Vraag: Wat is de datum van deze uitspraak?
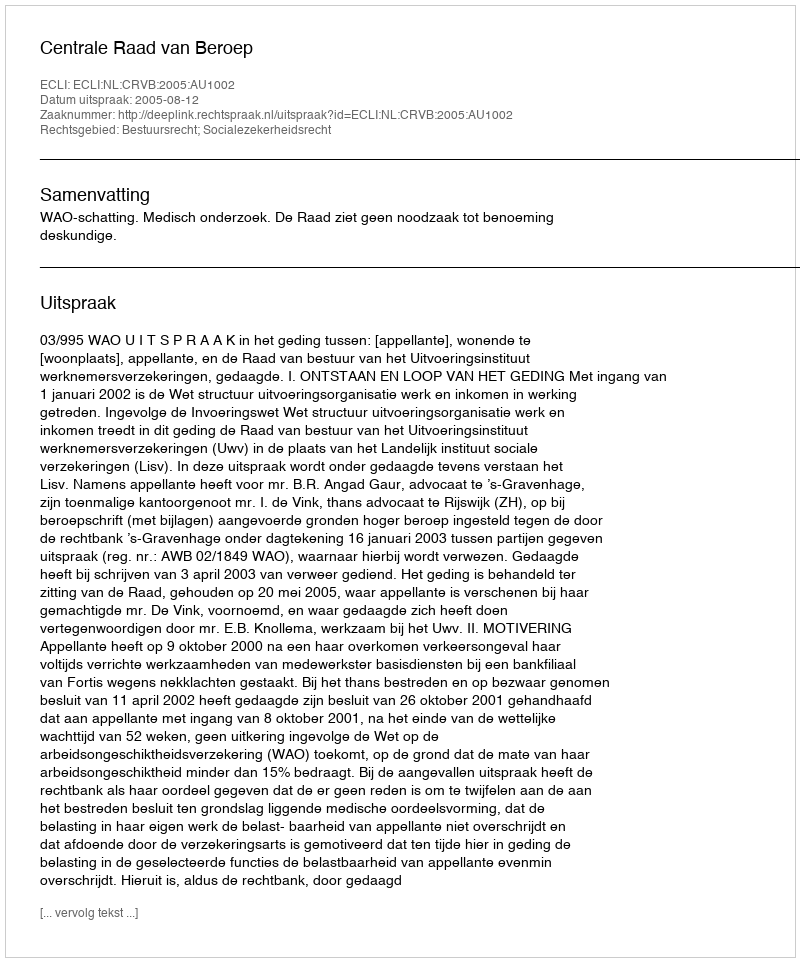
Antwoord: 2005-08-12